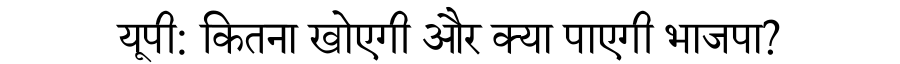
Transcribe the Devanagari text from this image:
यूपी: कितना खोएगी और क्या पाएगी भाजपा?